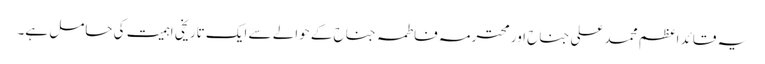
یہ قائد اعظم محمد علی جناح اور محترمہ فاطمہ جناح کے حوالے سے ایک تاریخی اہمیت کی حامل ہے۔